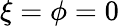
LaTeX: \xi=\phi=0